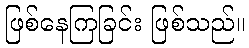
ဖြစ်နေကြခြင်း ဖြစ်သည်။